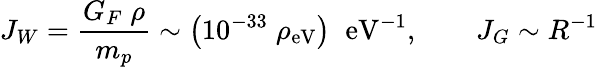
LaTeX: J_{W}={\frac{G_{F}\; \rho}{m_{p}}}\sim\left(10^{-33}\; \rho_{\mathrm{eV}}\right)\; \; \mathrm{eV}^{-1},\qquad J_{G}\sim R^{-1}